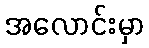
အလောင်းမှာ